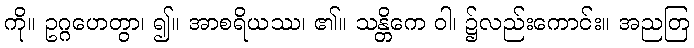
ကို။ ဥဂ္ဂဟေတွာ၊ ၍။ အာစရိယဿ၊ ၏။ သန္တိကေ ဝါ၊ ၌လည်းကောင်း။ အညတြ